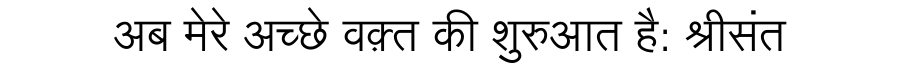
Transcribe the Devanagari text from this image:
अब मेरे अच्छे वक़्त की शुरुआत है: श्रीसंत